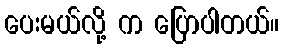
ပေးမယ်လို့ က ပြောပါတယ်။